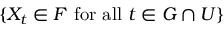
\{ X _ { t } \in F { \mathrm { ~ f o r ~ a l l ~ } } t \in G \cap U \}